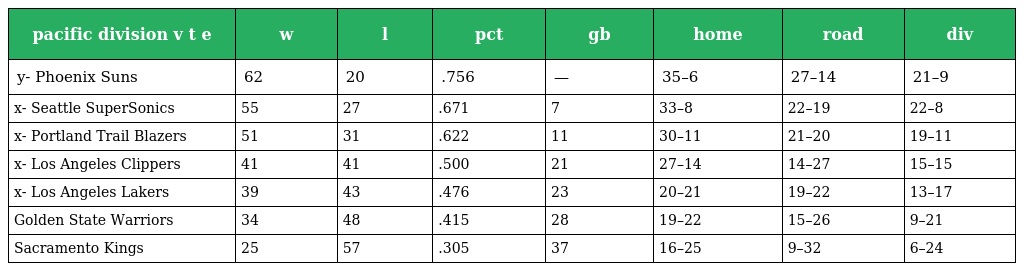
| pacific division v t e | w | l | pct | gb | home | road | div |
 | --- | --- | --- | --- | --- | --- | --- | --- |
 | y- Phoenix Suns | 62 | 20 | .756 | — | 35–6 | 27–14 | 21–9 |
 | x- Seattle SuperSonics | 55 | 27 | .671 | 7 | 33–8 | 22–19 | 22–8 |
 | x- Portland Trail Blazers | 51 | 31 | .622 | 11 | 30–11 | 21–20 | 19–11 |
 | x- Los Angeles Clippers | 41 | 41 | .500 | 21 | 27–14 | 14–27 | 15–15 |
 | x- Los Angeles Lakers | 39 | 43 | .476 | 23 | 20–21 | 19–22 | 13–17 |
 | Golden State Warriors | 34 | 48 | .415 | 28 | 19–22 | 15–26 | 9–21 |
 | Sacramento Kings | 25 | 57 | .305 | 37 | 16–25 | 9–32 | 6–24 |